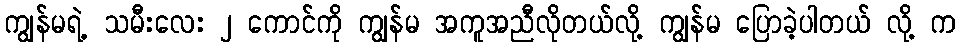
ကျွန်မရဲ့ သမီးလေး ၂ ကောင်ကို ကျွန်မ အကူအညီလိုတယ်လို့ ကျွန်မ ပြောခဲ့ပါတယ် လို့ က